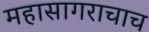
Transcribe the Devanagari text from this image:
महासागराचाच